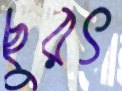
ছুরৎ